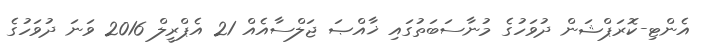
އެންޓި-ކޮރަޕްޝަން ދުވަހުގެ މުނާސަބަތުގައި ޚާއްޞަ ޖަލްސާއެއް 21 އެޕްރީލް 2016 ވަނަ ދުވަހުގެ